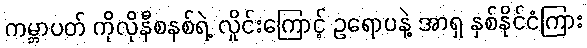
ကမ္ဘာပတ် ကိုလိုနီစနစ်ရဲ့ လှိုင်းကြောင့် ဥရောပနဲ့ အာရှ နှစ်နိုင်ငံကြား